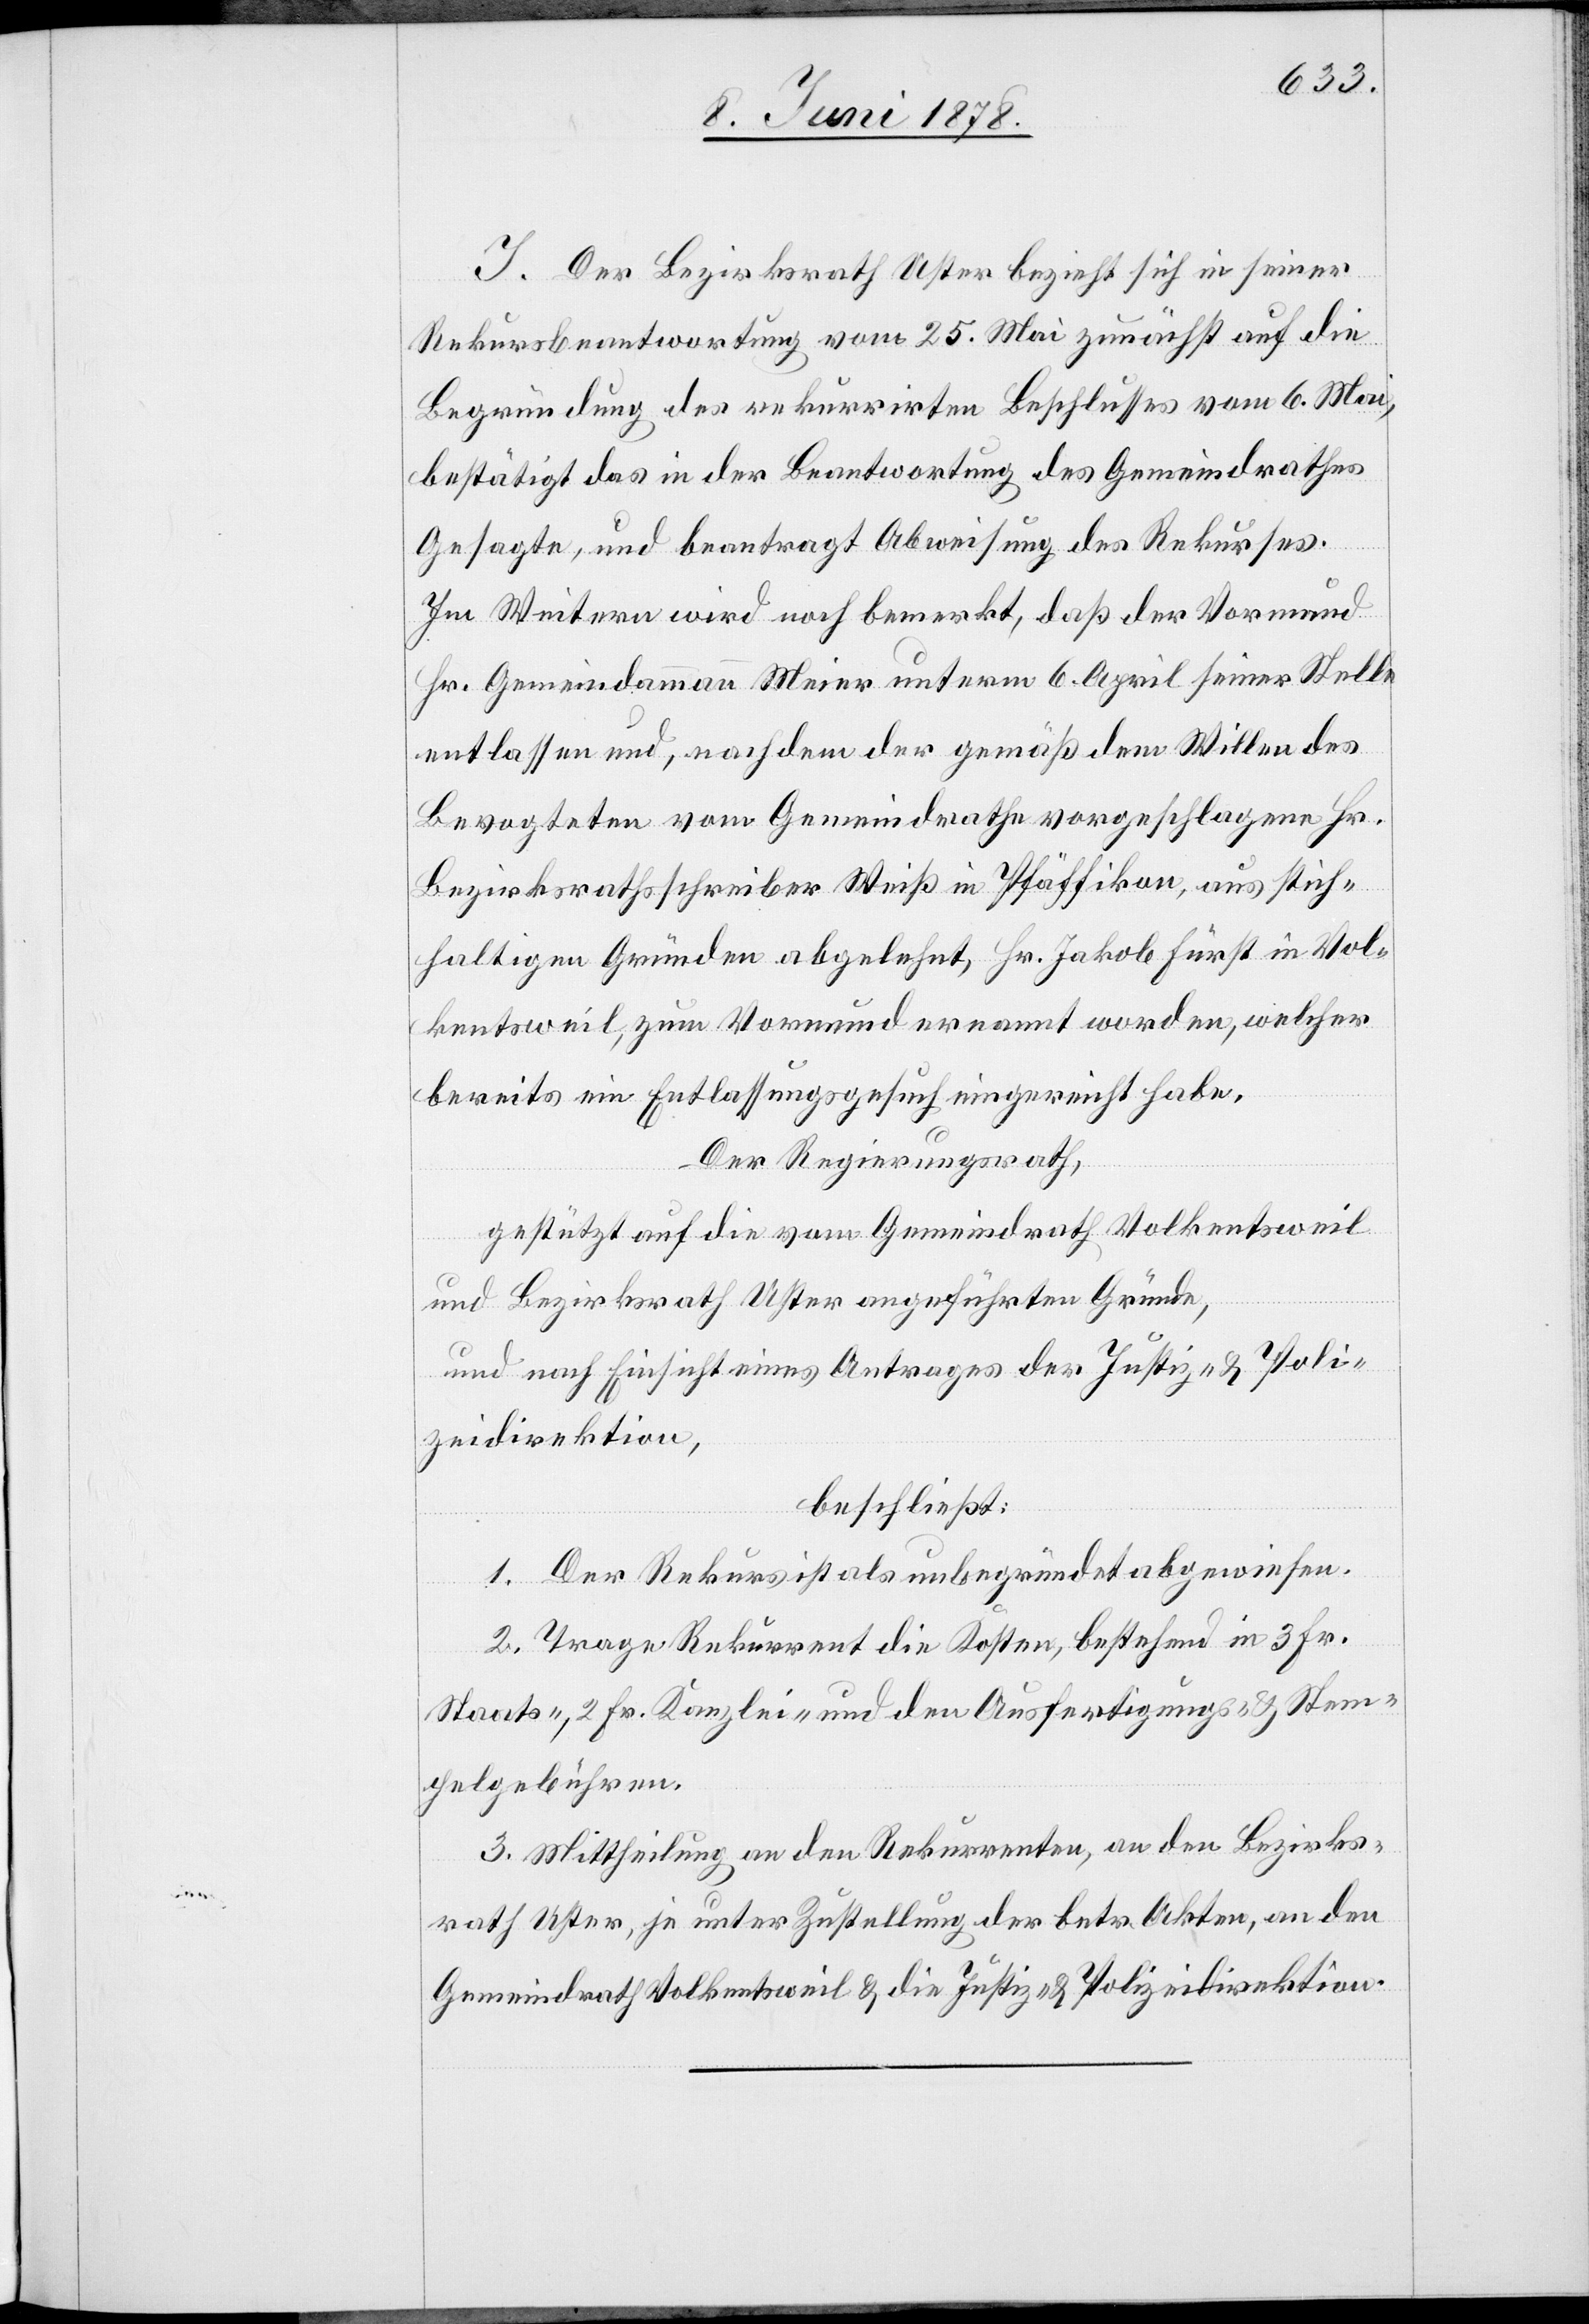
J. Der Bezirksrath Uster bezieht sich in seiner
Rekursbeantwortung vom 25. Mai zunächst auf die
Begründung des rekurrirten Beschlusses vom 6. Mai,
bestätigt das in der Beantwortung des Gemeindrathes
Gesagte, und beantragt Abweisung des Rekurses.
Im Weitern wird noch bemerkt, daß der Vormund
Hr. Gemeindammann Meier unterm 6. April seiner Stelle
entlassen und, nachdem der gemäß dem Willen des
Bevogteten vom Gemeindrath vorgeschlagene Hr.
Bezirksrathsschreiber Weiß in Pfäffikon, aus stich¬
haltigen Gründen abgelehnt, Hr. Jakob Fürst in Vol¬
kentsweil, zum Vormund ernannt worden, welcher
bereits ein Entlassungsgesuch eingereicht habe.
Der Regierungsrath,
gestützt auf die vom Gemeindrath Volkentsweil
und Bezirksrath Uster angeführten Gründe,
und nach Einsicht eines Antrages der Justiz- & Poli¬
zeidirektion,
beschließt:
1. Der Rekurs ist als unbegründet abgewiesen.
2. Trage Rekurrent die Kosten, bestehend in 3 Fr.
Staats-, 2 Fr. Kanzlei- und den Ausfertigungs- & Stem¬
pelgebühren.
3. Mittheilung an den Rekurrenten, an den Bezirks¬
rath Uster, je unter Zustellung der betr. Akten, an den
Gemeindrath Volkentsweil & die Justiz- & Polizeidirektion.